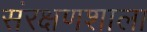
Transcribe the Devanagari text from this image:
संरक्षणशाला